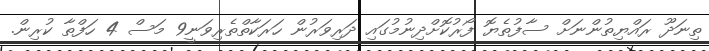
ތިނަދޫ ރައްޔިތުންނަށް ސާފުތެޔޮ ފޯރުކޮށްދިނުމުގައި ދަރިވަރުން ހަރަކާތްތެރިވަނީ9 މަސް 4 ހަފްތާ ކުރިން.